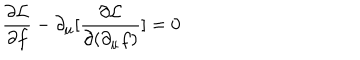
LaTeX: \frac { \partial { \cal L } } { \partial f } - \partial _ { \mu } [ \frac { \partial { \cal L } } { \partial ( \partial _ { \mu } f ) } ] = 0